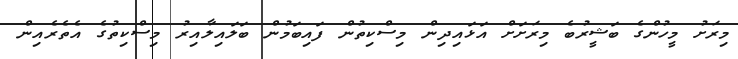
މިރަށު މީހުންގެ ބަޝީރުބެ މިރަށަށް އަޅައިދިން މިސްކިތުން ފައިބަމުން ބަލައިލާއިރު މިސްކިތުގެ އެތެރެއިން